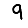
Digit: 9